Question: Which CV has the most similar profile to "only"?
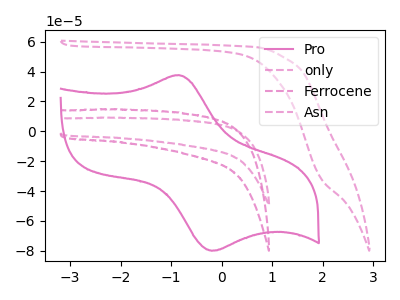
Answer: <think>The pink curve "Pro" has an anodic peak at (-0.85V, 37.65uA) and a cathodic peak at (-0.20V, -79.95uA). The pink dashed curve "only" has no peaks. The pink dashed curve "Ferrocene" has no peaks. The pink dashed curve "Asn" has no peaks.
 "Pro" and "only" have a different number of peaks. "Pro" and "Ferrocene" have a different number of peaks. "Pro" and "Asn" have a different number of peaks. Neither "only" or "Ferrocene" have any peaks. Neither "only" or "Asn" have any peaks. Neither "Ferrocene" or "Asn" have any peaks.</think>
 <answer>"only" and "Asn" have a similar shape to "Ferrocene".</answer>
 <eval>"only" "Asn"</eval>